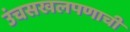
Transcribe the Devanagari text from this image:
उंचसखलपणाची